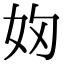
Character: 𭑯